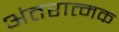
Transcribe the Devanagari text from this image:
अंतरात्मक